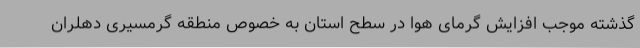
گذشته موجب افزایش گرمای هوا در سطح استان به خصوص منطقه گرمسیری دهلران